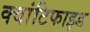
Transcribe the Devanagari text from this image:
क्वांटिफाइड